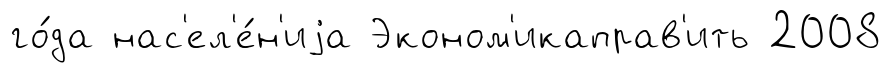
го́да нас'ел'е́н'иjа Эконом'икаправ'ить 2008